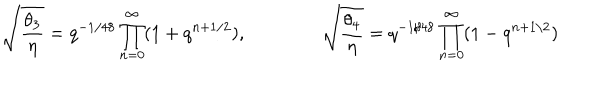
\sqrt { \frac { \theta _ { 3 } } { \eta } } = q ^ { - 1 / 4 8 } \prod _ { n = 0 } ^ { \infty } ( 1 + q ^ { n + 1 / 2 } ) , \qquad \qquad \sqrt { \frac { \theta _ { 4 } } { \eta } } = q ^ { - 1 / 4 8 } \prod _ { n = 0 } ^ { \infty } ( 1 - q ^ { n + 1 / 2 } )